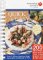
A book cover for American Heart Association Quick & Easy Cookbook; American Heart Association; Health, Fitness & Dieting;